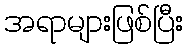
အရာများဖြစ်ပြီး